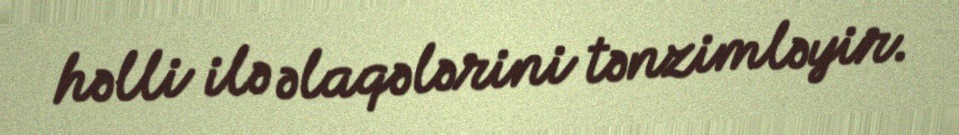
həlli ilə əlaqələrini tənzimləyir.